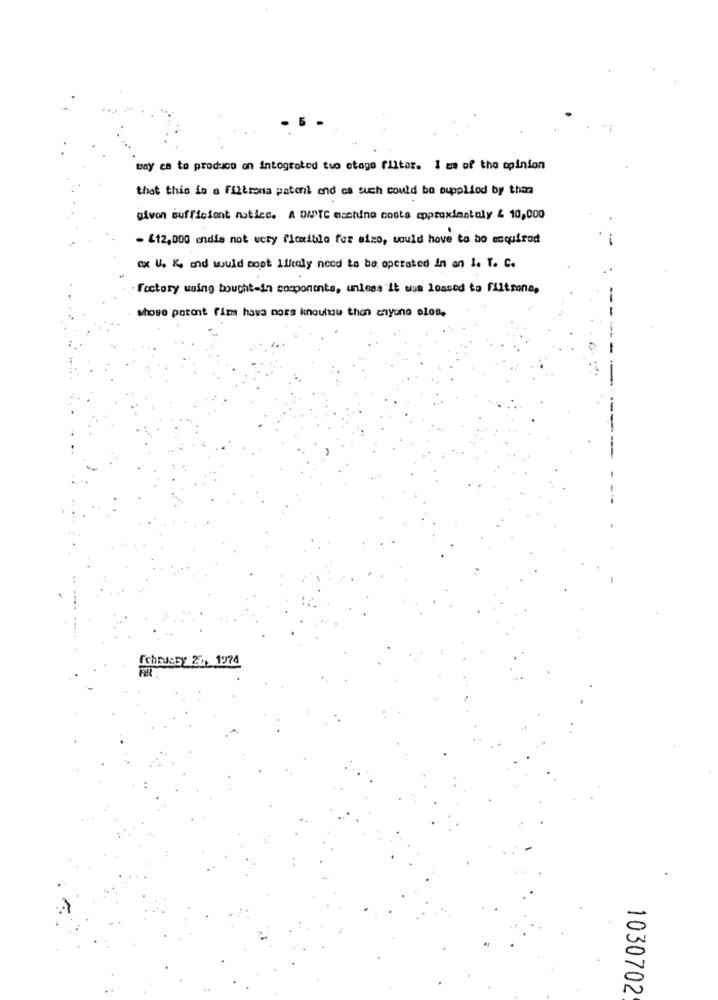
bay ca to produco on intograted tuo etage filter. I zm of the opinion
that this is a filtrona patent and cs such could be supplied by than
givon sufficient notice. A DATE machine costs approximately & 10,000
- £12,000 andis not very flexible for eizo, would have to ao esquirod
cx U. K and would boot 1lfcaly need to be operated in an I. T. C.
Factory waing bought-in componente, unless it use loased to Filtrona,
whose potent fim havs noss knouttou then anyone olos.
FchrUSBY 20, 1974
..
1030702